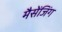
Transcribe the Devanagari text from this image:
मैसेंजिंग